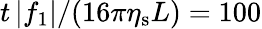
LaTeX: t\left|f_{1}\right|/(16\pi\eta_{\mathrm{s}}L)=100